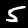
Digit: 5